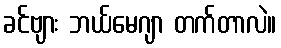
ခင်ဗျား ဘယ်မေဂျာ တက်တာလဲ။